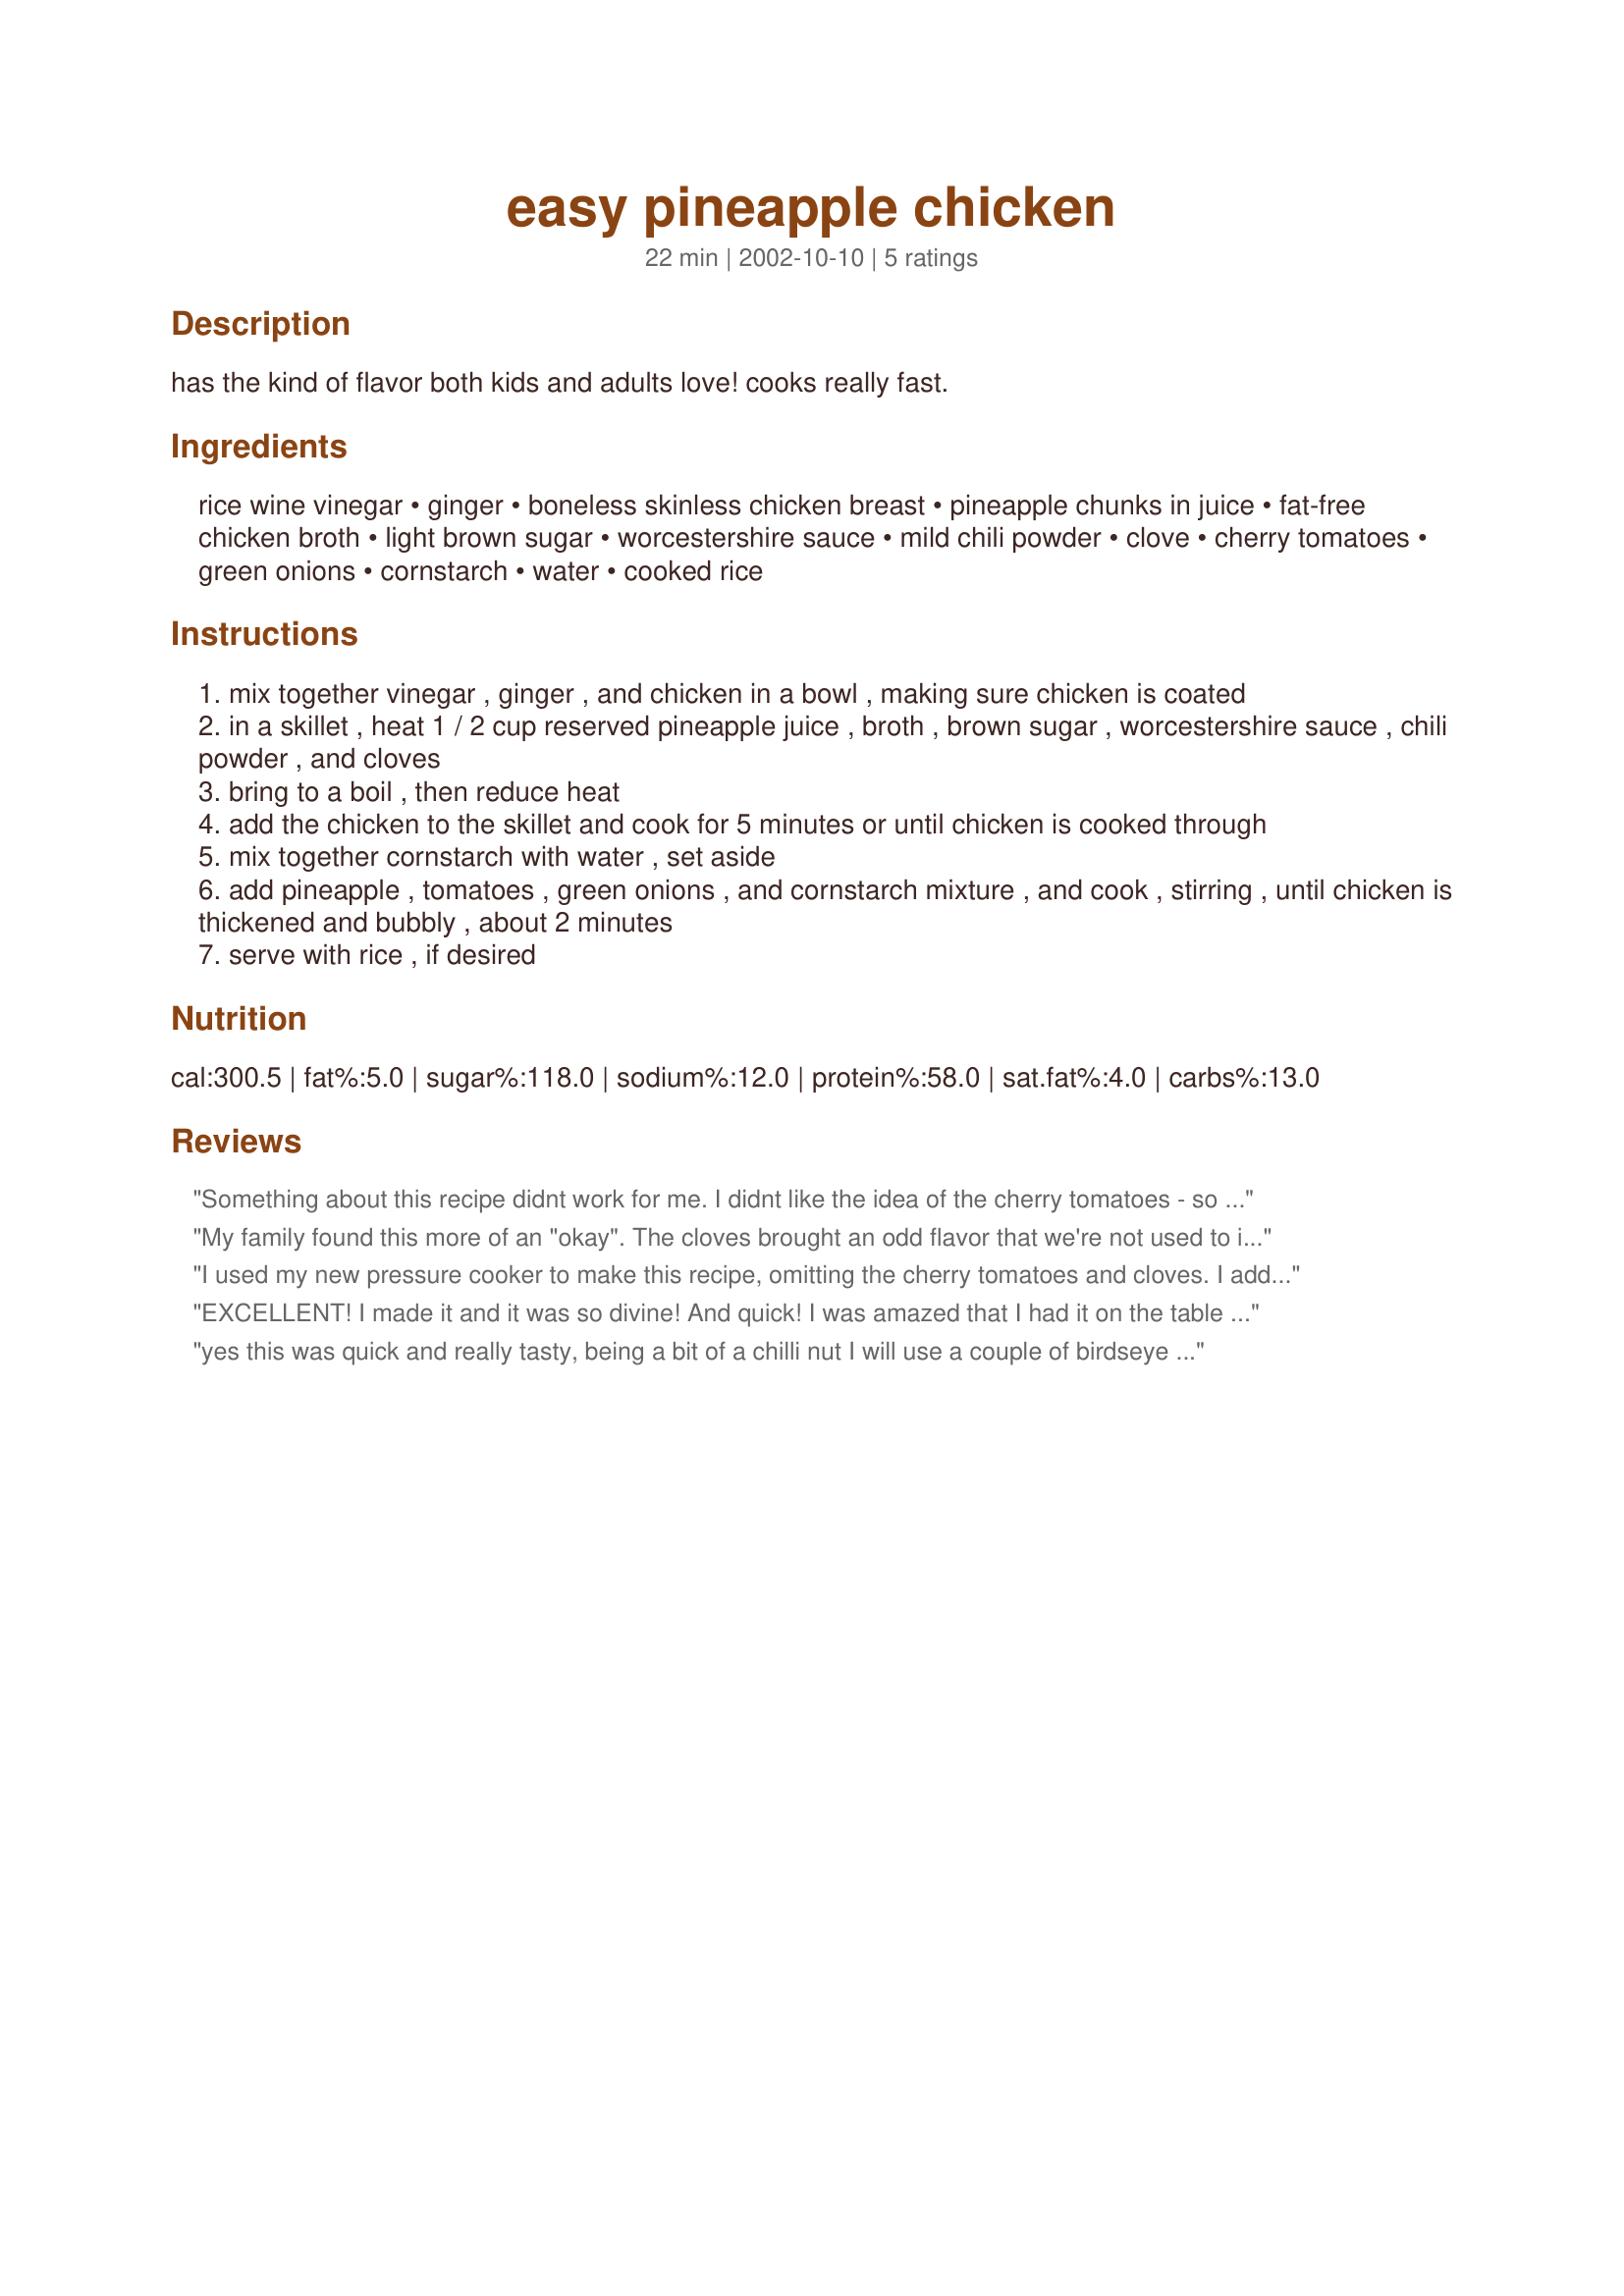
easy pineapple chicken
Preparation time: 22 minutes

has the kind of flavor both kids and adults love! cooks really fast.

Ingredients:
rice wine vinegar, ginger, boneless skinless chicken breast, pineapple chunks in juice, fat-free chicken broth, light brown sugar, worcestershire sauce, mild chili powder, clove, cherry tomatoes, green onions, cornstarch, water, cooked rice

Steps:
mix together vinegar , ginger , and chicken in a bowl , making sure chicken is coated
in a skillet , heat 1 / 2 cup reserved pineapple juice , broth , brown sugar , worcestershire sauce , chili powder , and cloves
bring to a boil , then reduce heat
add the chicken to the skillet and cook for 5 minutes or until chicken is cooked through
mix together cornstarch with water , set aside
add pineapple , tomatoes , green onions , and cornstarch mixture , and cook , stirring , until chicken is thickened and bubbly , about 2 minutes
serve with rice , if desired

Reviews:
Something about this recipe didnt work for me. I didnt like the idea of the cherry tomatoes - so I did without them. It was easy and quick and its worth another try - next time I'l do without the cloves and use a bit more chili powder and maybe salt & pepper.
My family found this more of an "okay". The cloves brought an odd flavor that we're not used to in this sort of dish. The family thought that it lacked flavor, but I think they just noticed the lack of garlic and either salt or soy sauce. Overall, the basic taste was a little more bland than we like. However, I like the basic recipe itself and the idea of experimenting with pineapple, cloves, and ginger--they go well together. Next time, I think I'll add a little minced garlic, and salt. I think soy sauce would overpower it and make it just another teriyaki style recipe. I think I might increase the worcestshire as well, but not by very much. For me, this recipe is a good start, but not quite there yet.
I used my new pressure cooker to make this recipe, omitting the cherry tomatoes and cloves. I added some hot sauce, salt, and pepper. It was nice, but next time I'll add even more spices.
EXCELLENT! I made it and it was so divine! And quick! I was amazed that I had it on the table in about 15 minutes. My family was delighted to have it so quickly! Thanks!
yes this was quick and really tasty, being a bit of a chilli nut I will use a couple of birdseye chillies in it next time...thanks
